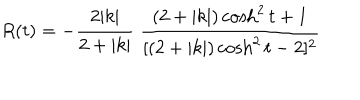
R ( t ) = - \frac { 2 | k | } { 2 + | k | } \; \frac { ( 2 + | k | ) \cosh ^ { 2 } t + 1 } { [ ( 2 + | k | ) \cosh ^ { 2 } t - 2 ] ^ { 2 } }